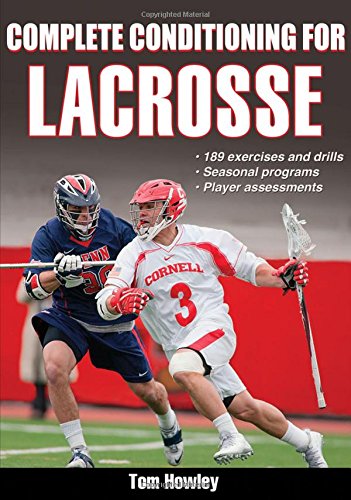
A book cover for Complete Conditioning for Lacrosse; Thomas Howley; Sports & Outdoors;